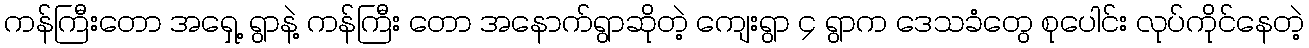
ကန်ကြီးတော အရှေ့ ရွာနဲ့ ကန်ကြီး တော အနောက်ရွာဆိုတဲ့ ကျေးရွာ ၄ ရွာက ဒေသခံတွေ စုပေါင်း လုပ်ကိုင်နေတဲ့